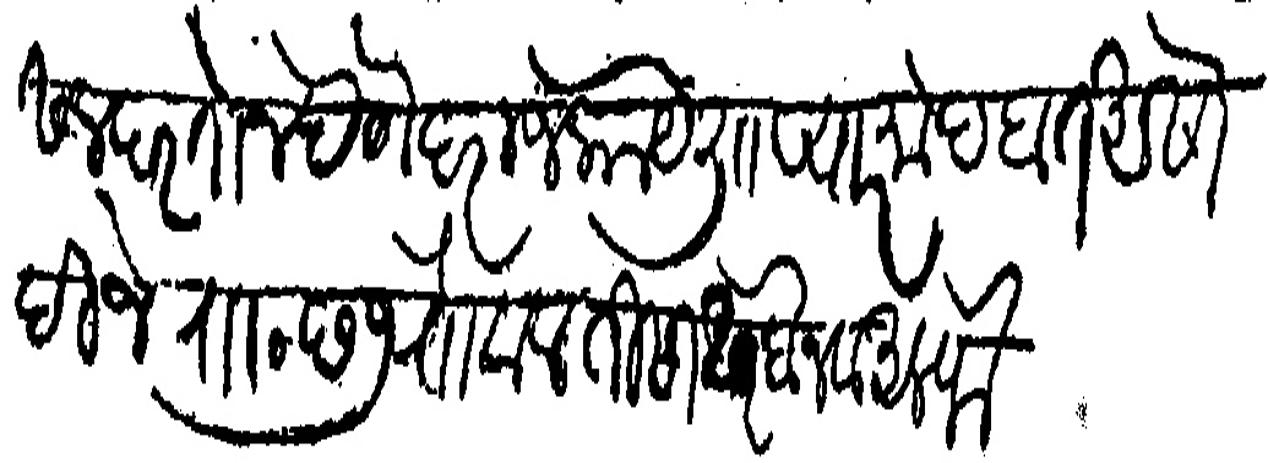
Transliteration (Devanagari): असल परतोन देणे दराज काये ली प्यार मोहबत असो दिजे राा छ ७ रबिलावल तीसा सबैन व अलफे